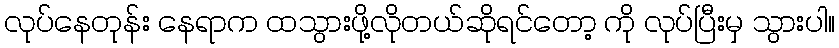
လုပ်နေတုန်း နေရာက ထသွားဖို့လိုတယ်ဆိုရင်တော့ ကို လုပ်ပြီးမှ သွားပါ။